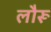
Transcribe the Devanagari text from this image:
लौरू